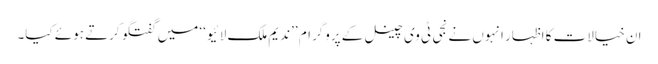
ان خیالات کا اظہار انہوں نے نجی ٹی وی چینل کے پروگرام ’’ندیم ملک لائیو‘‘ میں گفتگو کرتے ہوئے کیا۔